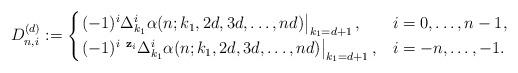
LaTeX: \begin{align*}D^{(d)}_{n,i} := \begin{cases}\left. (-1)^{i}\Delta_{k_1}^{i} \alpha(n;k_1,2d,3d,\ldots,nd)\right|_{k_1=d+1}, & i=0,\ldots,n-1, \\\left. (-1)^{i} \,\, {^{\mathbf{z}_i} \Delta_{k_1}^{i}} \alpha(n;k_1,2d,3d,\ldots,nd)\right|_{k_1=d+1}, & i=-n,\ldots,-1.\end{cases}\end{align*}